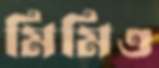
মিমিও